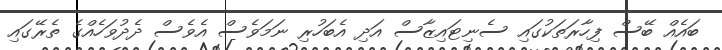
ބައެއް ބޭސް ފިހާރަތަކުގައި ސެނިޓައިޒާސް އަދި އެބަހުރި ނަމަވެސް އެވެސް ދެދުވަހެއްގެ ތެރޭގައި